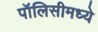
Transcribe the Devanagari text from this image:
पॉलिसीमध्ये